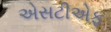
એસટીએફ